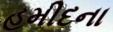
હમીદના